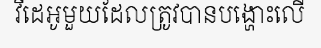
វីដេអូមួយដែលត្រូវបានបង្ហោះលើ